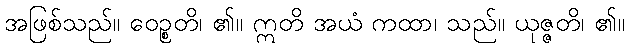
အဖြစ်သည်။ ဝေဉ္စတိ၊ ၏။ ဣတိ အယံ ကထာ၊ သည်။ ယုဇ္ဇတိ၊ ၏။